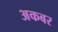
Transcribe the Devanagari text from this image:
अकबर